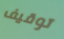
توقيف